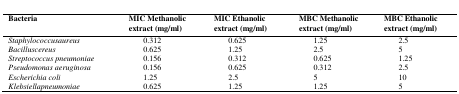
| Bacteria | MIC Methanolic extract (mg/ml) | MIC Ethanolic extract (mg/ml) | MBC Methanolic extract (mg/ml) | MBC Ethanolic extract (mg/ml) |
 | --- | --- | --- | --- | --- |
 | Staphylococcusaureus | 0.312 | 0.625 | 1.25 | 2.5 |
 | Bacilluscereus | 0.625 | 1.25 | 2.5 | 5 |
 | Streptococcus pneumoniae | 0.156 | 0.312 | 0.625 | 1.25 |
 | Pseudomonas aeruginosa | 0.156 | 0.625 | 0.312 | 2.5 |
 | Escherichia coli | 1.25 | 2.5 | 5 | 10 |
 | Klebsiellapneumoniae | 0.625 | 1.25 | 1.25 | 5 |